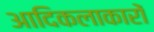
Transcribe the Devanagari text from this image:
आदिकलाकारों